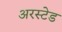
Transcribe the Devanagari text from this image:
अरस्टेड